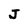
Character: J